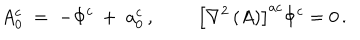
A _ { 0 } ^ { c } \; = \; - \Phi ^ { c } \: + \; a _ { 0 } ^ { c } \, , \quad \; \quad \left[ \nabla ^ { 2 } \, ( A ) \right] ^ { a c } \Phi ^ { c } = 0 \, .